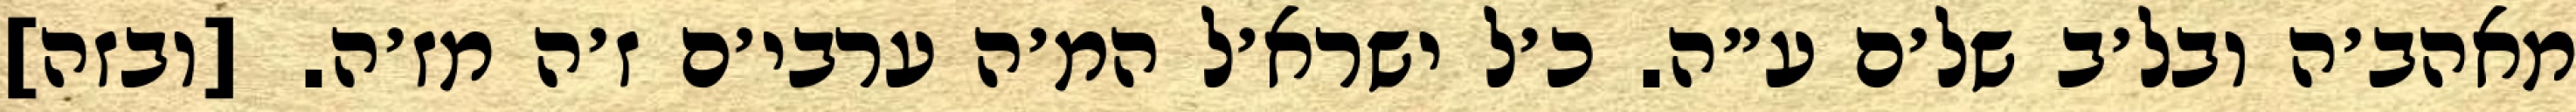
מאהב׳ה ובל׳ב של׳ם ע״ה. כ׳ל ישרא׳ל המ׳ה ערבי׳ם ז׳ה מז׳ה. [ובזה]